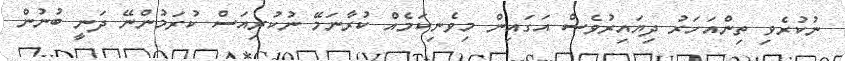
ނުކުރެވި ތިންއަހަރު ދިޔައިރުވެސް އަގައިން މިވެނިކަމެއް ކުރާނަމޭ ނުކުރިއަސް ކުރަމުންނޭ ދަނީ ބުނުން